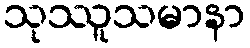
သုဿူသမာနာ